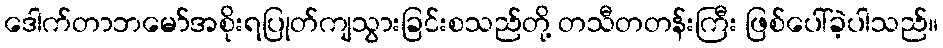
ဒေါက်တာဘမော်အစိုးရပြုတ်ကျသွားခြင်းစသည်တို့ တသီတတန်းကြီး ဖြစ်ပေါ်ခဲ့ပါသည်။